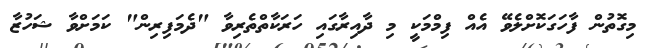
މިގޮތުން ފާހަގަކޮށްލެވޭ އެއް ފިމްމަކީ މި ދާއިރާގައި ހަރަކާތްތެރިވާ "ދެމަފިރިން" ކަމަށްވާ ޝަހުޒާ